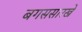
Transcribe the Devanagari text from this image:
बगससारखे